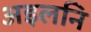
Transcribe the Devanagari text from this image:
अइलनि